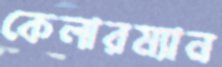
কেলারম্যান